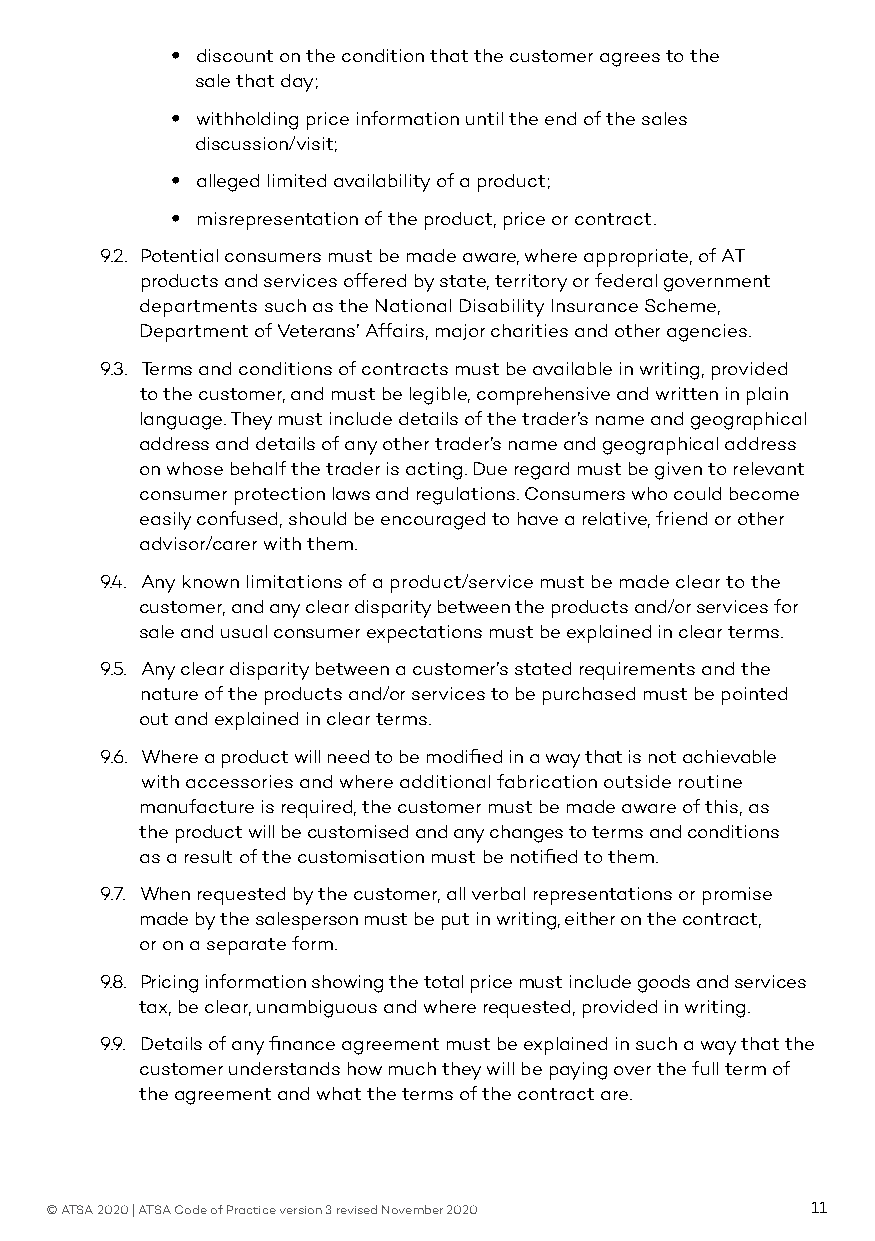
• discount on the condition that the customer agrees to the
 sale that day;
 • withholding price information until the end of the sales
 discussion/visit;
 • alleged limited availability of a product;
 • misrepresentation of the product, price or contract.
 9.2. Potential consumers must be made aware, where appropriate, of AT
 products and services offered by state, territory or federal government
 departments such as the National Disability Insurance Scheme,
 Department of Veterans’ Affairs, major charities and other agencies.
 9.3. Terms and conditions of contracts must be available in writing, provided
 to the customer, and must be legible, comprehensive and written in plain
 language. They must include details of the trader’s name and geographical
 address and details of any other trader’s name and geographical address
 on whose behalf the trader is acting. Due regard must be given to relevant
 consumer protection laws and regulations. Consumers who could become
 easily confused, should be encouraged to have a relative, friend or other
 advisor/carer with them.
 9.4. Any known limitations of a product/service must be made clear to the
 customer, and any clear disparity between the products and/or services for
 sale and usual consumer expectations must be explained in clear terms.
 9.5. Any clear disparity between a customer’s stated requirements and the
 nature of the products and/or services to be purchased must be pointed
 out and explained in clear terms.
 9.6. Where a product will need to be modified in a way that is not achievable
 with accessories and where additional fabrication outside routine
 manufacture is required, the customer must be made aware of this, as
 the product will be customised and any changes to terms and conditions
 as a result of the customisation must be notified to them.
 9.7. When requested by the customer, all verbal representations or promise
 made by the salesperson must be put in writing, either on the contract,
 or on a separate form.
 9.8. Pricing information showing the total price must include goods and services
 tax, be clear, unambiguous and where requested, provided in writing.
 9.9. Details of any finance agreement must be explained in such a way that the
 customer understands how much they will be paying over the full term of
 the agreement and what the terms of the contract are.
 © ATSA 2020 | ATSA Code of Practice version 3 revised November 2020 11